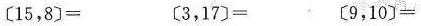
$$〔 1 5 ，8 〕=$$ $$〔 3 ，1 7 〕= $$ $$〔 9 ，1 0 〕= $$